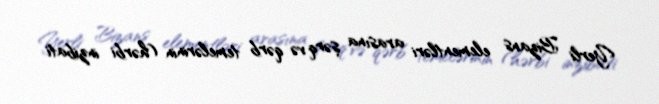
Yerli Bizans elementləri arasına şərq və qərb temelərinin (hərbi inzibati